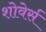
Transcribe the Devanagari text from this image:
शोवेर्स